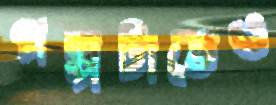
গল্পটাতেও